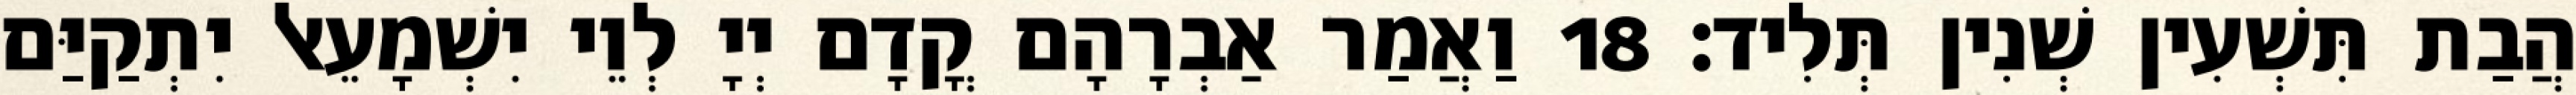
הֲבַת תִּשְׁעִין שְׁנִין תְּלִיד׃ 18 וַאֲמַר אַבְרָהָם קֳדָם יְיָ לְוֵי יִשְׁמָעֵאל יִתְקַיַּם